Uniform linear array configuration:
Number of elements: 24
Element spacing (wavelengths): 1
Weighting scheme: kaiser
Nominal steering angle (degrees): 45
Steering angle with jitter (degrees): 46.793
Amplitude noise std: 0.05
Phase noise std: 0.05

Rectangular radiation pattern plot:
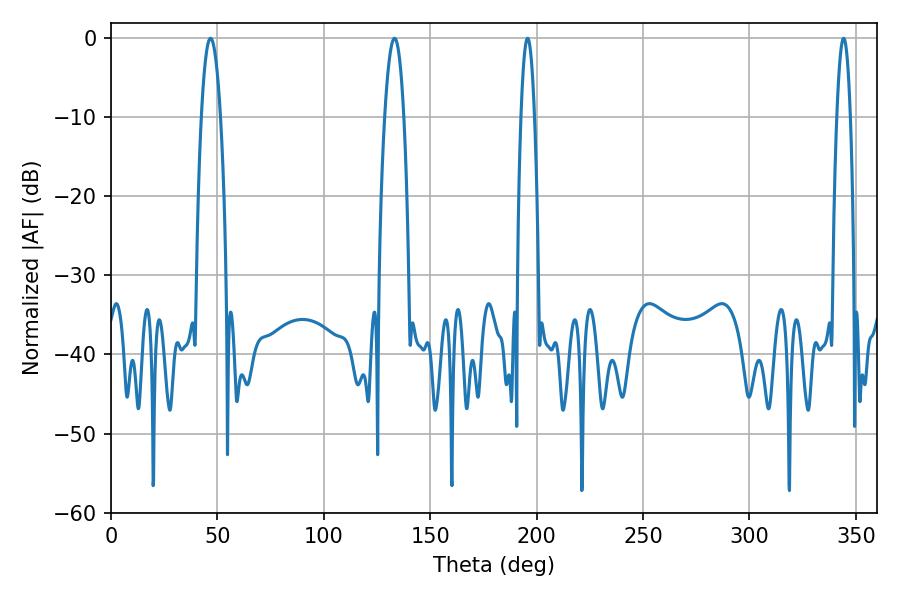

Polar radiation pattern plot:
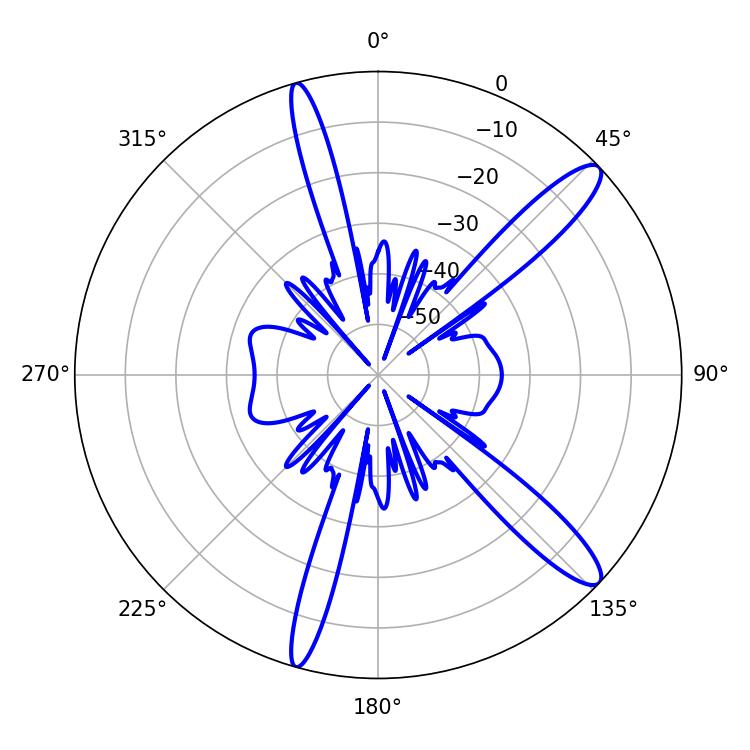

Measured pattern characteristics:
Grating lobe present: TRUE
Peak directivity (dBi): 13.005
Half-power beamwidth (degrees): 5.04
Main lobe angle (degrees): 46.8